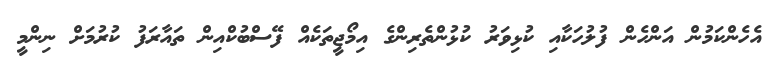
އެހެންކަމުން އަންހެން ފުލުހަކާއި ކުޅިވަރު ކުޅުންތެރިންގެ އިމޯޖީތަކެއް ފޭސްބުކްއިން ތައާރަފު ކުރުމަށް ނިންމީ